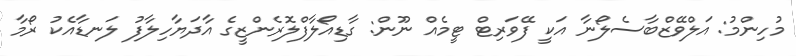
މުހިންމު: އަލްވޭޒްބާސެލޯނާ އަކީ ފޭވަރިޓް ޓީމެއް ނޫން: ގާޑިއޯލާފްލޮރެންޒީގެ އާދަޔާހިލާފު ލަނޑާއެކު ރޯމާ